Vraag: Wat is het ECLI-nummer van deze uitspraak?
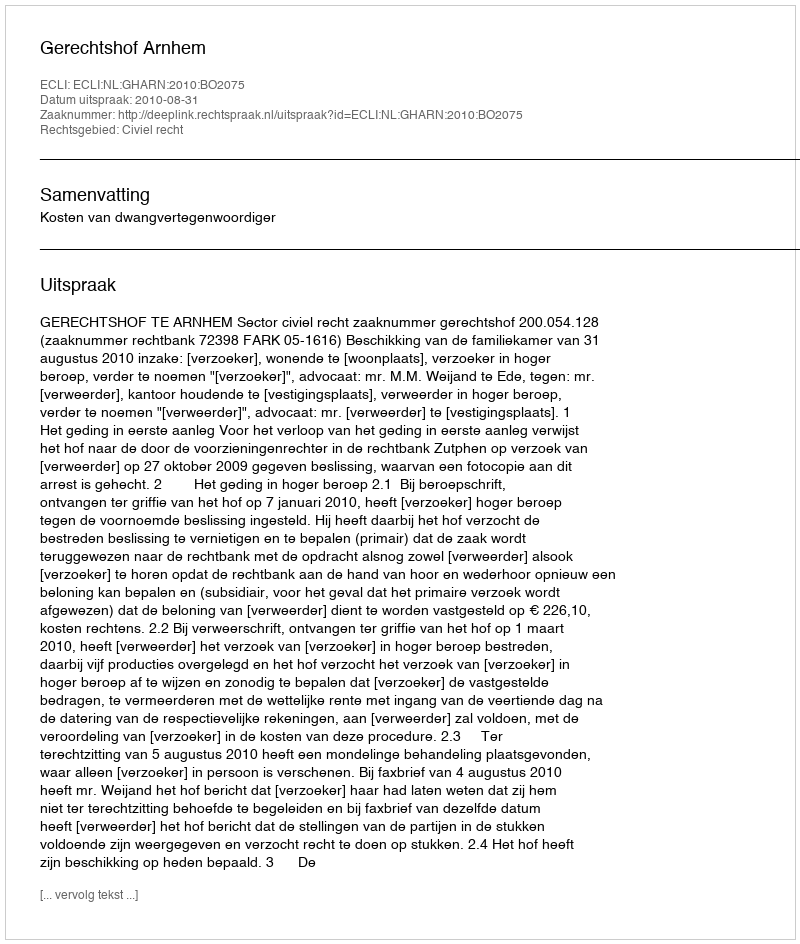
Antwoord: ECLI:NL:GHARN:2010:BO2075